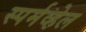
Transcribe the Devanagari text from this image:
स्पर्मव्हेल